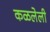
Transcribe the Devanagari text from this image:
कळलेली